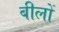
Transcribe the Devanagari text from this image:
बीलों